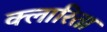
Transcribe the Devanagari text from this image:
क्लारिता